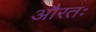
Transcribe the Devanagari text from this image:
औरतः